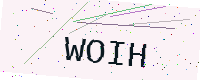
Text: WOIH